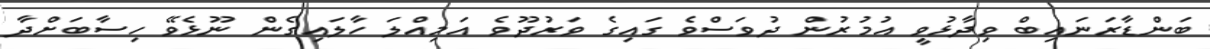
ބަންޑާރަނައިބް ވިދާޅުވީ އުމުރުން ދުވަސްވެ ގައިގެ ވަރުދޫވެ އަމިއްލަ ހާލައިގެން ނޫޅެވޭ ހިސާބަށްދާ